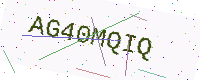
Text: AG40MQIQ